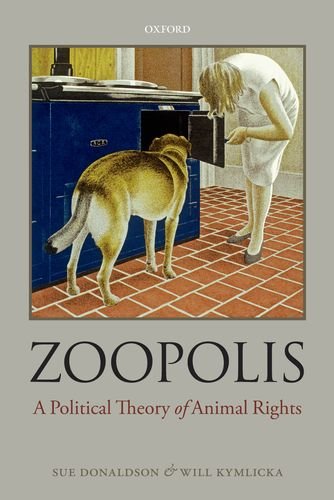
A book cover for Zoopolis: A Political Theory of Animal Rights; Sue Donaldson; Science & Math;